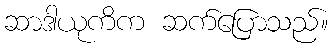
ဆာဒါယုကိက ဆက်ပြောသည်။